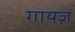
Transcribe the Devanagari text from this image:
गायज़